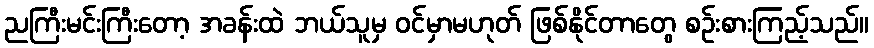
ညကြီးမင်းကြီးတော့ အခန်းထဲ ဘယ်သူမှ ဝင်မှာမဟုတ် ဖြစ်နိုင်တာတွေ စဉ်းစားကြည့်သည်။